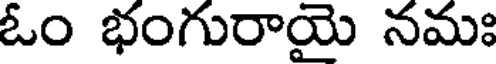
ఓం భంగురాయై నమః